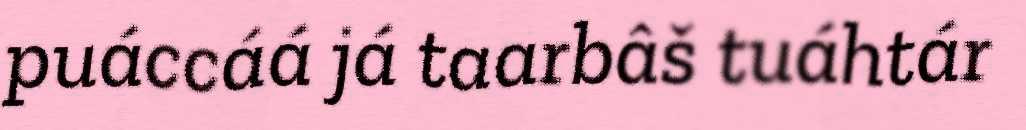
puáccáá já taarbâš tuáhtár